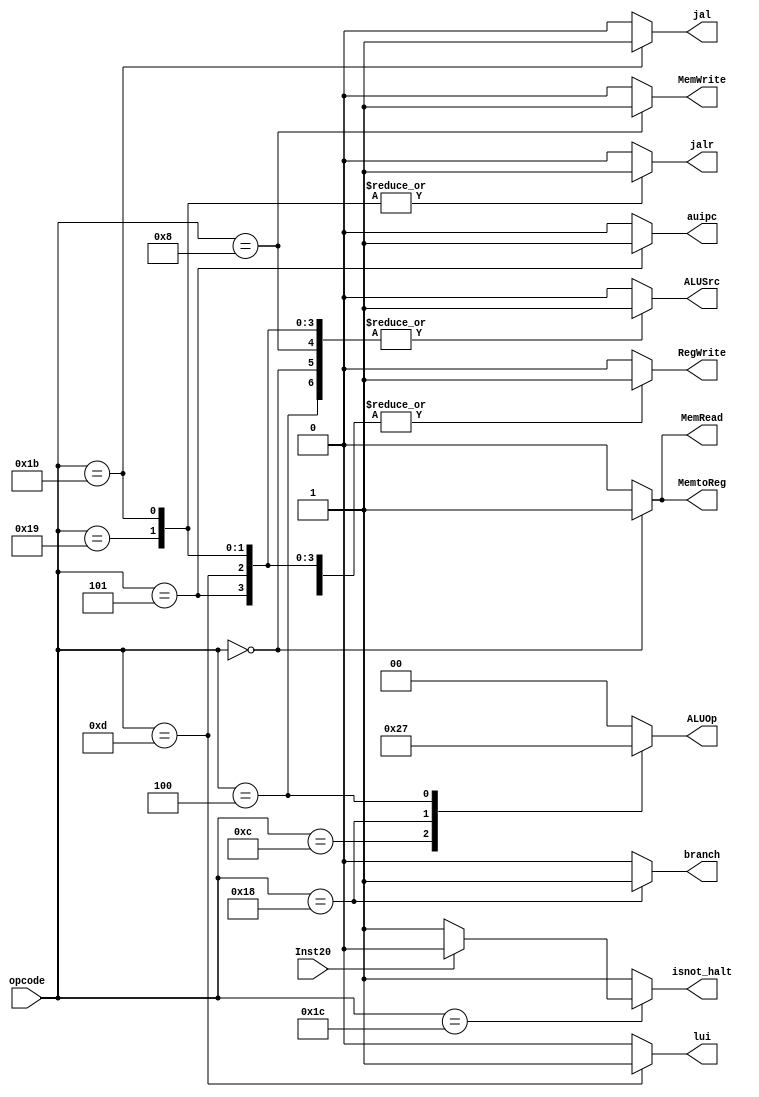
`timescale 1ns / 1ps
//////////////////////////////////////////////////////////////////////////////////
// Company: 
// Engineer: 
// 
// Design Name: 
// Module Name: control_unit
// Project Name: 
// Target Devices: 
// Tool Versions: 
// Description: 
// 
// Dependencies: 
// 
// Revision:
// Revision 0.01 - File Created
// Additional Comments:
// 
//////////////////////////////////////////////////////////////////////////////////


module ControlUnit(
input [4:0] opcode, input Inst20,
output reg branch,
output reg MemtoReg, MemRead, MemWrite, ALUSrc, RegWrite, jalr, auipc, jal,lui, isnot_halt,
output reg [1:0] ALUOp
);

 
 always @ (*)
 
 begin
 
  case (opcode)
 
  5'b01100: 
    begin
          branch = 0;
          MemRead = 0;
          MemtoReg = 0;
          ALUOp = 2'b10;
          MemWrite = 0;
          ALUSrc = 0;
          RegWrite = 1;
          jalr = 0;
	      auipc = 0;
	      jal = 0;
          lui=0;
          isnot_halt=1;
    end
  5'b00000: 
    begin
          branch = 0;
          MemRead = 1;
          MemtoReg = 1;
          ALUOp = 2'b00;
          MemWrite = 0;
          ALUSrc = 1;
          RegWrite = 1;
          jalr = 0;
	      auipc = 0;
	      jal = 0;
	      lui=0;
	      isnot_halt=1;
    end
  5'b01000:
    begin
          branch = 0;
          MemRead = 0;
          MemtoReg = 0;
          ALUOp = 2'b00;
          MemWrite = 1;
          ALUSrc = 1;
          RegWrite = 0;
          jalr = 0;
	      auipc = 0;
	      jal = 0;
	      lui=0;
	      isnot_halt=1;
    end
  5'b11000:
    begin
          branch = 1;
          MemRead = 0;
          MemtoReg = 0;
          ALUOp = 2'b01;
          MemWrite = 0;
          ALUSrc = 0;
          RegWrite = 0;
          jalr = 0;
	      auipc = 0;
	      jal = 0;
	      lui=0;
	      isnot_halt=1;
    end 
  5'b00101: //auipc
    begin
          branch = 0;
          MemRead = 0;
          MemtoReg = 0;
          ALUOp = 2'b00; // don't care
          MemWrite = 0;
          ALUSrc = 1; //don't care
          RegWrite = 1;
          jalr = 0;
	      auipc = 1;
	      jal = 0;
	      lui=0;
          isnot_halt=1;       
    end
  
  5'b01101: //lui
    begin
          branch = 0;
          MemRead = 0;
          MemtoReg = 0;
          ALUOp = 2'b00; //don't care bec shift is already done in immGen
          MemWrite = 0;
          ALUSrc = 1; //choose the immediate
          RegWrite = 1;
          jalr = 0;
	      auipc = 0;
	      jal = 0;
	      lui=1;
          isnot_halt=1;         
    end
  5'b11011: //jal
    begin
          branch = 0;
          MemRead = 0;
          MemtoReg = 0;
          ALUOp = 2'b00; //add
          MemWrite = 0;
          ALUSrc = 1; 
          RegWrite = 1;
          jalr = 1;  //because jal share with jalr everything except the mux in front of the ALU source 1
	      auipc = 0;
	      jal = 1;
          lui=0;   
          isnot_halt=1;          
    end  
  
   5'b11001: //jalr
    begin
          branch = 0;
          MemRead = 0;
          MemtoReg = 0;
          ALUOp = 2'b00; //do addition
          MemWrite = 0;
          ALUSrc = 1; //choose the immediate
          RegWrite = 1;
          jalr = 1;
	      auipc = 0;
	      jal = 0;
          lui=0; 
          isnot_halt=1;               
    end  
//00100

   5'b00100: //I-type
    begin
          branch = 0;
          MemRead = 0;
          MemtoReg = 0;
          ALUOp = 2'b11; //I type aluop
          MemWrite = 0;
          ALUSrc = 1; //choose the immediate
          RegWrite = 1;
          jalr = 0;
	      auipc = 0;
	      jal = 0;
	      lui=0;
	      isnot_halt=1;
    end
   5'b11100: //EBREAK & ECall
    begin
      if (Inst20==1'b1) begin
          branch = 0;
          MemRead = 0;
          MemtoReg = 0;
          ALUOp = 2'b00; 
          MemWrite = 0;
          ALUSrc = 0; 
          RegWrite = 0;
          jalr = 0;
          auipc = 0;
          jal = 0;
          lui=0;
          isnot_halt=0;
          end
      else begin
          branch = 0;
          MemRead = 0;
          MemtoReg = 0;
          ALUOp = 2'b00;
          MemWrite = 0;
          ALUSrc = 0;
          RegWrite = 0;
          jalr = 0;
          auipc = 0;
          jal = 0;
          lui=0;
          isnot_halt=1;    
          end
    end  
   
   default:
    begin
          branch = 0;
          MemRead = 0;
          MemtoReg = 0;
          ALUOp = 2'b00;
          MemWrite = 0;
          ALUSrc = 0;
          RegWrite = 0;
          jalr = 0;
          auipc = 0;
          jal = 0;
          lui=0;
          isnot_halt=1;
     end

 endcase
   end
endmodule